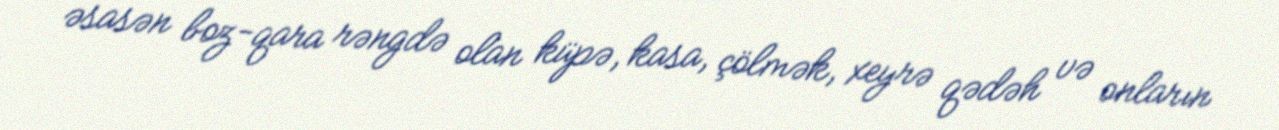
əsasən boz-qara rəngdə olan küpə, kasa, çölmək, xeyrə qədəh və onların